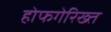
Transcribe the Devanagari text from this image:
होफगेरिख्त